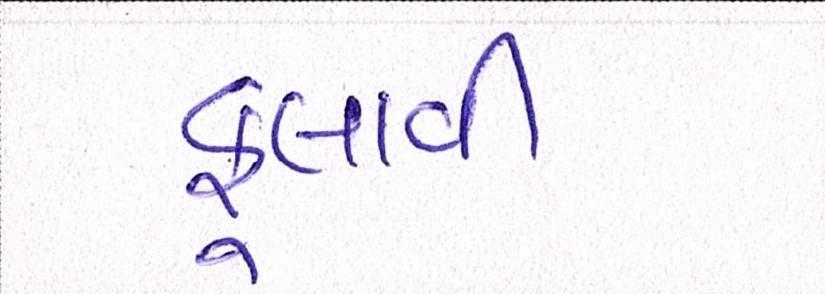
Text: ફુલાવી